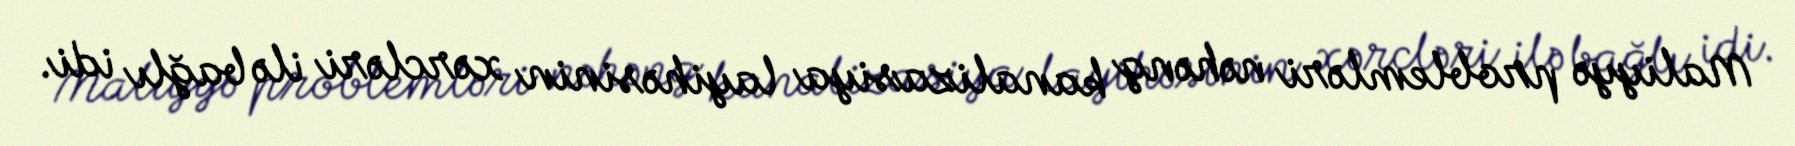
Maliyyə problemləri nəhəng kanalizasiya layihəsinin xərcləri ilə bağlı idi.